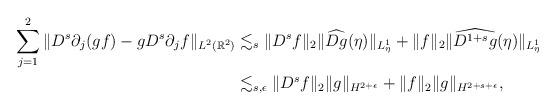
LaTeX: \begin{align*}\sum_{j=1}^2 \| D^s \partial_j (gf ) - g D^s \partial_j f \|_{L^2(\mathbb R^2)}& \lesssim_s \| D^s f \|_2 \| \widehat{D g} (\eta) \|_{L^1_{\eta}}+ \| f \|_2 \| \widehat{D^{1+s} g }(\eta) \|_{L^1_{\eta}} \\& \lesssim_{s,\epsilon} \| D^s f \|_2 \| g \|_{H^{2+\epsilon} }+ \| f \|_2 \| g \|_{H^{2+s+\epsilon}},\end{align*}